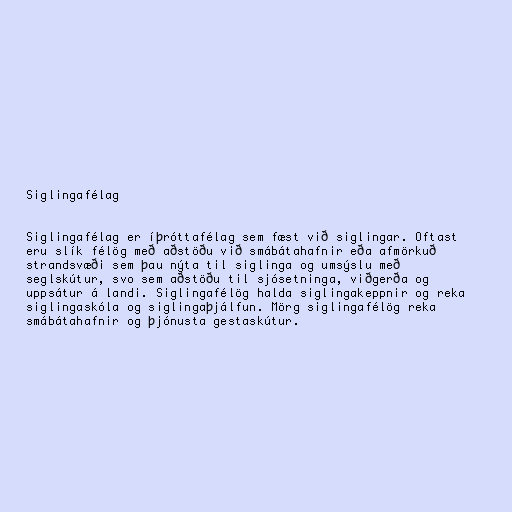
Siglingafélag

Siglingafélag er íþróttafélag sem fæst við siglingar. Oftast
eru slík félög með aðstöðu við smábátahafnir eða afmörkuð
strandsvæði sem þau nýta til siglinga og umsýslu með
seglskútur, svo sem aðstöðu til sjósetninga, viðgerða og
uppsátur á landi. Siglingafélög halda siglingakeppnir og reka
siglingaskóla og siglingaþjálfun. Mörg siglingafélög reka
smábátahafnir og þjónusta gestaskútur.